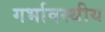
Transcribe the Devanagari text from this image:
गर्भावस्थीय